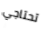
تحتاجي